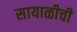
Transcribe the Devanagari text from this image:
सायाळीची